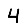
Digit: 4